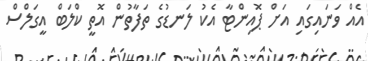
އެއް ވަނައިގައި އަށް ޕޮއިންޓާ އެކު ލަނޑުގެ ތަފާތުން އޮތީ ކްލަބް އީގަލްސް